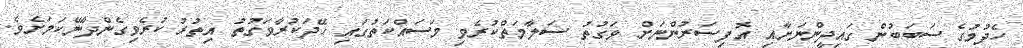
ހެދުމުގެ ސަބަބުން ގައިދީންނަށާއި އޮފިސަރުންނަށް ވަގުތު ސަލާމަތްކުރެވި މަސައްކަތުގައި ހޭދަކުރާވަގުތު އިތުރު ކުރެވިގެންދާނޭކަމަށެވެ.